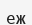
еж